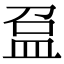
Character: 𥁏